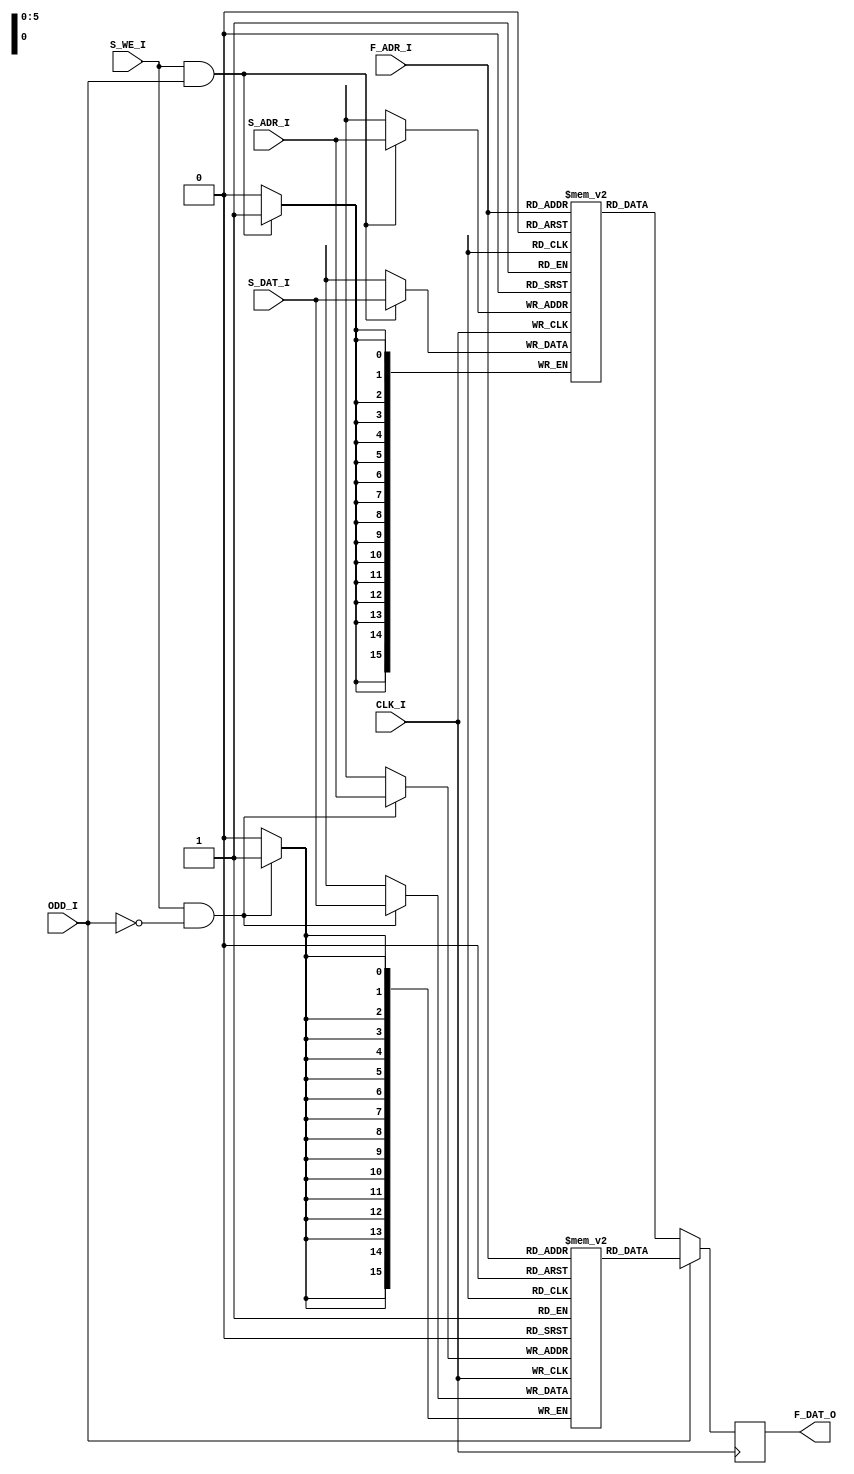
`timescale 1ns / 1ps
module LINE_BUFFERS(
	input					CLK_I,
	input					ODD_I,
	input		[ 5:0]	F_ADR_I,
	output	[15:0]	F_DAT_O,
	input		[ 5:0]	S_ADR_I,
	input		[15:0]	S_DAT_I,
	input					S_WE_I
);

	reg	[15:0]	line_a[0:63];
	reg	[15:0]	line_b[0:63];
	reg	[15:0]	f_q;

	assign	F_DAT_O = f_q;

	always @(posedge CLK_I) begin
		f_q <= (ODD_I)? line_b[F_ADR_I] : line_a[F_ADR_I];
		if(S_WE_I & ODD_I)	line_a[S_ADR_I] <= S_DAT_I;
		if(S_WE_I & !ODD_I)	line_b[S_ADR_I] <= S_DAT_I;
	end
endmodule